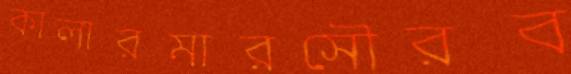
কালারমারসৌরব